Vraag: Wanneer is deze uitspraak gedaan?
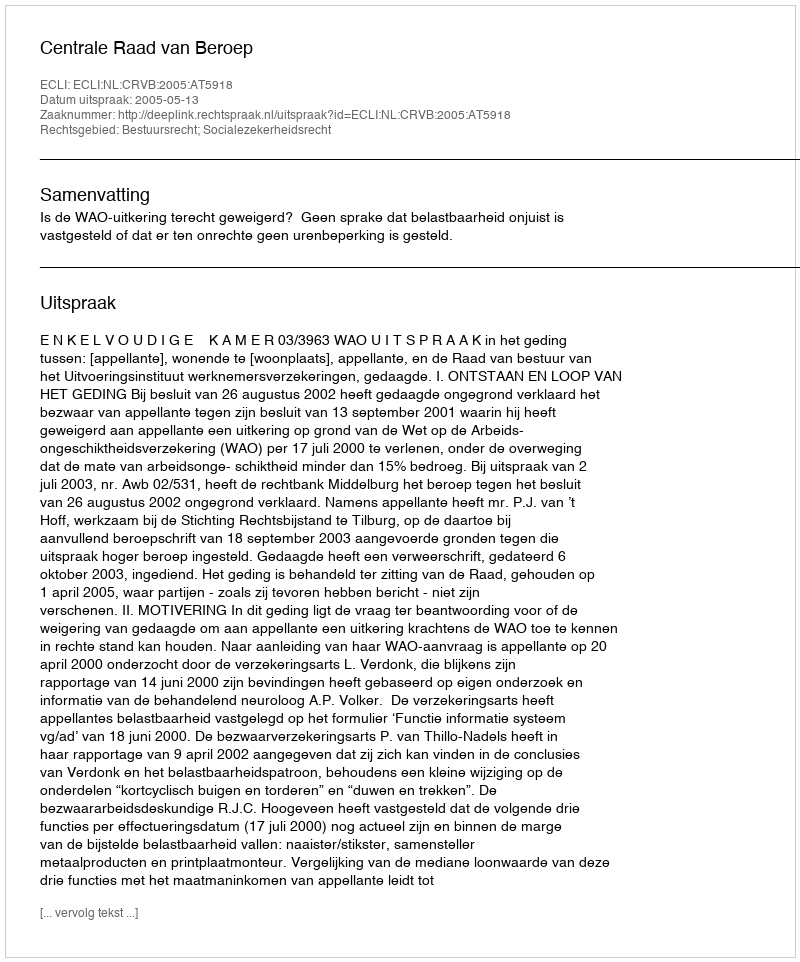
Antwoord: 2005-05-13